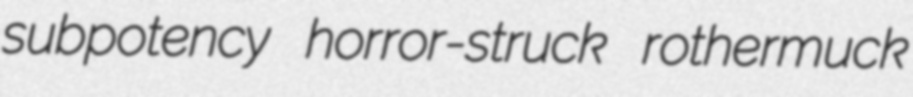
subpotency horror-struck rothermuck